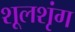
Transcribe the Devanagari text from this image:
शूलशृंग